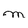
Character: m